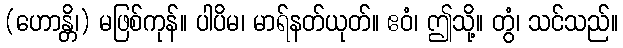
(ဟောန္တိ၊) မဖြစ်ကုန်။ ပါပိမ၊ မာရ်နတ်ယုတ်။ ဧဝံ၊ ဤသို့။ တွံ၊ သင်သည်။